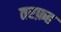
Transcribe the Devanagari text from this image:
तरफ़ह